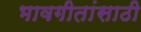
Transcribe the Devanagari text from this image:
भावगीतांसाठी